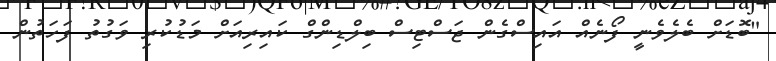
"ބޮޑަށް ބެލެވެނީ ފޯނެއް އައިސްގެން ޖަސްޓިސް ބިލްޑިންގް ކައިރިއަށް މަޑުކުރި ވަގުތު ފަހަތުން